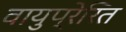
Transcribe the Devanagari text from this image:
वायुप्रेरित